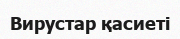
Вирустар қасиеті